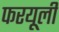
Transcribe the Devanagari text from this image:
फरयूली